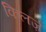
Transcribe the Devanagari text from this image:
किलर्ज़